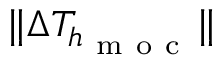
\| \Delta T _ { h _ { \mathrm { ~ m ~ o ~ c ~ } } } \|